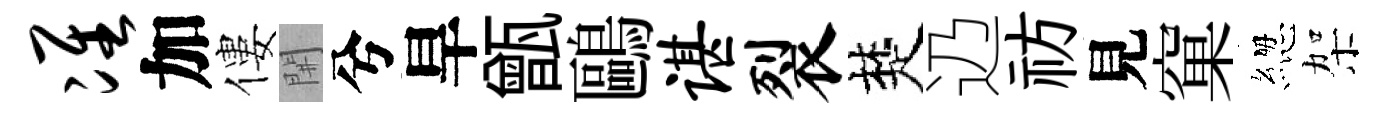
准加僂𨳩兮旱甑鷗谌裂楚辸祊見窠緫架